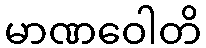
မာဏဝေါတိ